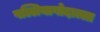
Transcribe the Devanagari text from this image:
पल्लियागोदाल्ला